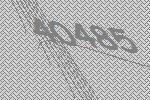
40485